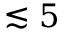
\lesssim 5